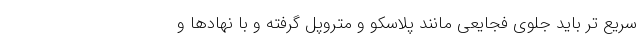
سریع تر باید جلوی فجایعی مانند پلاسکو و متروپل گرفته و با نهادها و